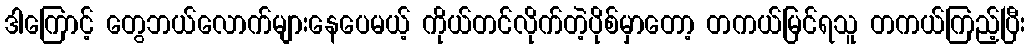
ဒါကြောင့် တွေဘယ်လောက်များနေပေမယ့် ကိုယ်တင်လိုက်တဲ့ပိုစ်မှာတော့ တကယ်မြင်ရသူ တကယ်ကြည့်ပြီး